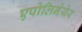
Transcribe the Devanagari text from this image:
एपोलिनेयेर